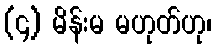
(၄) မိန်းမ မဟုတ်ဟု၊